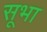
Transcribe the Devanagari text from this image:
सूभा